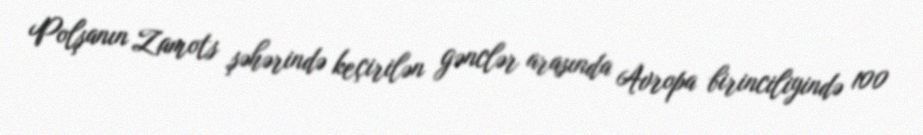
Polşanın Zamots şəhərində keçirilən gənclər arasında Avropa birinciliyində 100